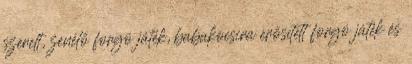
szerelt, zenélő forgó játék, babakocsira erősített forgó játék és